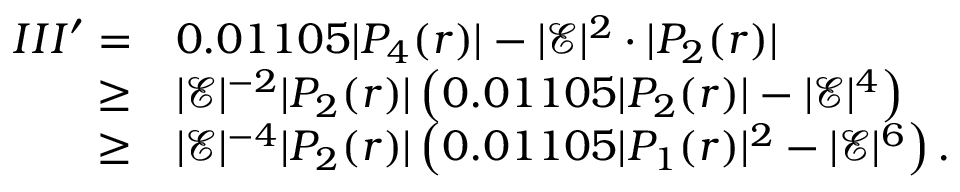
\begin{array} { r l } { I I I ^ { \prime } = } & { 0 . 0 1 1 0 5 | P _ { 4 } ( r ) | - | \mathcal { E } | ^ { 2 } \cdot | P _ { 2 } ( r ) | } \\ { \geq } & { | \mathcal { E } | ^ { - 2 } | P _ { 2 } ( r ) | \left( 0 . 0 1 1 0 5 | P _ { 2 } ( r ) | - | \mathcal { E } | ^ { 4 } \right) } \\ { \geq } & { | \mathcal { E } | ^ { - 4 } | P _ { 2 } ( r ) | \left( 0 . 0 1 1 0 5 | P _ { 1 } ( r ) | ^ { 2 } - | \mathcal { E } | ^ { 6 } \right) . } \end{array}